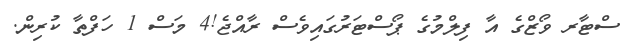
ސްޓާރ ވޯޒްގެ އާ ފިލްމުގެ ޕޯސްޓަރުގައިވެސް ރާއްޖެ!4 މަސް 1 ހަފްތާ ކުރިން.